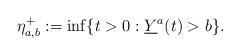
LaTeX: \begin{align*}\eta^+_{a,b} := \inf \{ t > 0: \underline{Y}^a(t) > b\}. \end{align*}